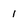
Character: 1